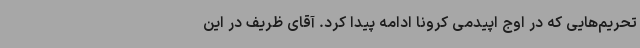
تحریم‌هایی که در اوج اپیدمی کرونا ادامه پیدا کرد. آقای ظریف در این